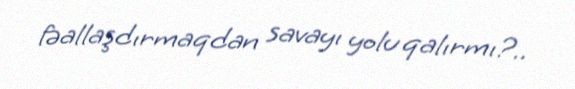
fəallaşdırmaqdan savayı yolu qalırmı?..